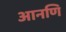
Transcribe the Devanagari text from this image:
आनणि